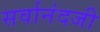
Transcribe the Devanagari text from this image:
सर्वानंदजी